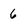
Character: 6